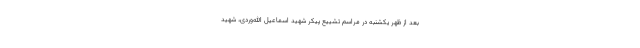
بعد از ظهر یکشنبه در مراسم تشییع پیکر شهید اسماعیل الله‌وردی، شهید